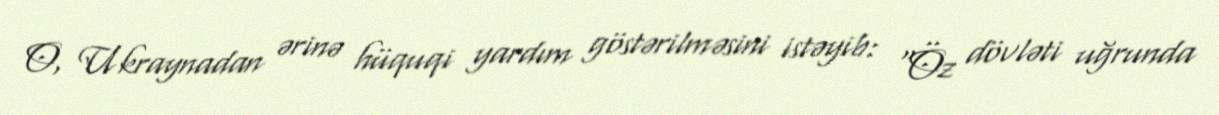
O, Ukraynadan ərinə hüquqi yardım göstərilməsini istəyib: "Öz dövləti uğrunda